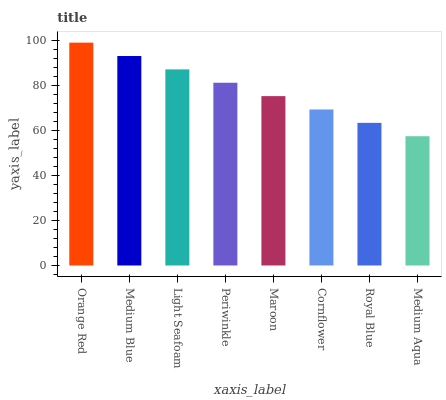
| xaxis_label | bars |
 | --- | --- |
 | Orange Red | 99 |
 | Medium Blue | 93.1 |
 | Light Seafoam | 87.1 |
 | Periwinkle | 81.2 |
 | Maroon | 75.2 |
 | Cornflower | 69.3 |
 | Royal Blue | 63.4 |
 | Medium Aqua | 57.4 |